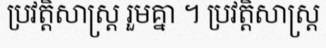
ប្រវត្តិសាស្ត្រ រួមគ្នា ។ ប្រវត្តិសាស្ត្រ